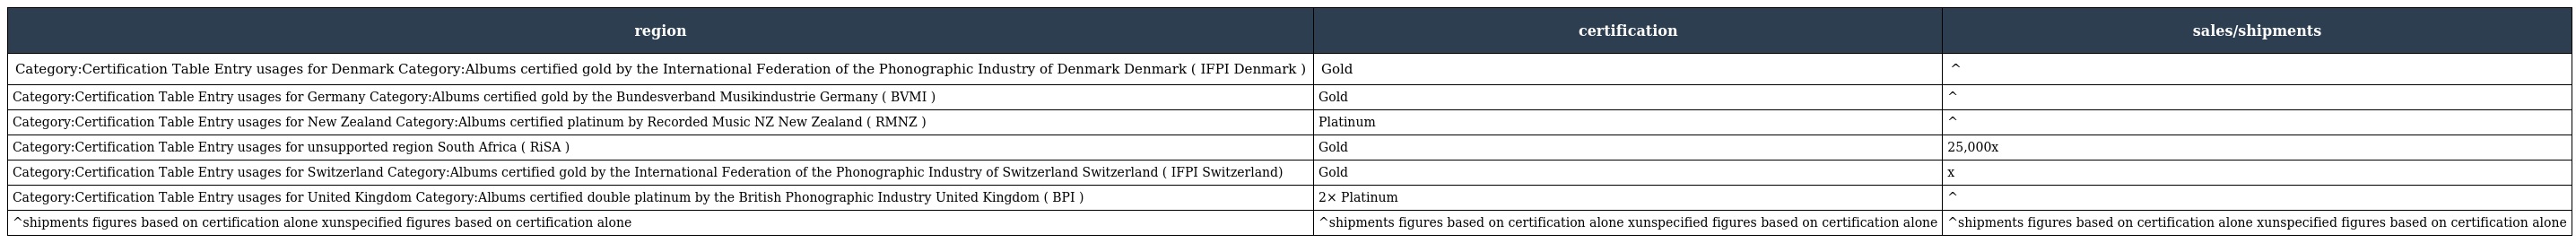
| region | certification | sales/shipments |
 | --- | --- | --- |
 | Category:Certification Table Entry usages for Denmark Category:Albums certified gold by the International Federation of the Phonographic Industry of Denmark Denmark ( IFPI Denmark ) | Gold | ^ |
 | Category:Certification Table Entry usages for Germany Category:Albums certified gold by the Bundesverband Musikindustrie Germany ( BVMI ) | Gold | ^ |
 | Category:Certification Table Entry usages for New Zealand Category:Albums certified platinum by Recorded Music NZ New Zealand ( RMNZ ) | Platinum | ^ |
 | Category:Certification Table Entry usages for unsupported region South Africa ( RiSA ) | Gold | 25,000x |
 | Category:Certification Table Entry usages for Switzerland Category:Albums certified gold by the International Federation of the Phonographic Industry of Switzerland Switzerland ( IFPI Switzerland) | Gold | x |
 | Category:Certification Table Entry usages for United Kingdom Category:Albums certified double platinum by the British Phonographic Industry United Kingdom ( BPI ) | 2× Platinum | ^ |
 | ^shipments figures based on certification alone xunspecified figures based on certification alone | ^shipments figures based on certification alone xunspecified figures based on certification alone | ^shipments figures based on certification alone xunspecified figures based on certification alone |